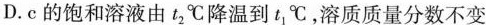
D.c的饱和溶液由t_{2}℃降温到t_{1}℃，溶质质量分数不变